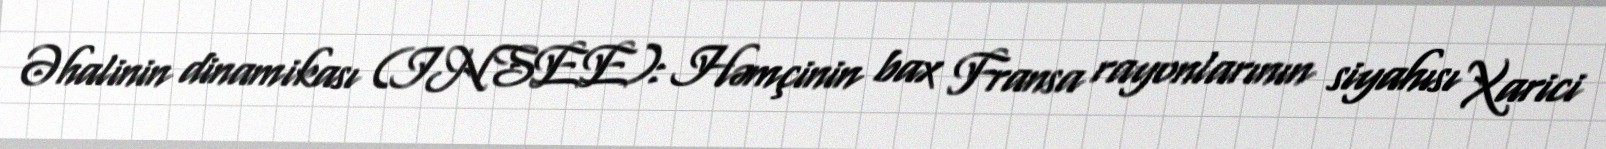
Əhalinin dinamikası (INSEE): Həmçinin bax Fransa rayonlarının siyahısı Xarici